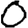
Digit: 0